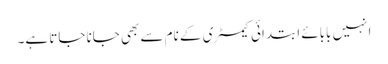
انہیں بابائے ابتدائی کیمسٹری کے نام سے بھی جانا جاتا ہے۔